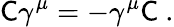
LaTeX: {\mathsf{C}}\gamma^{\mu}=-\gamma^{\mu}{\mathsf{C}}~.